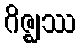
ဂိဇ္ဈဿ